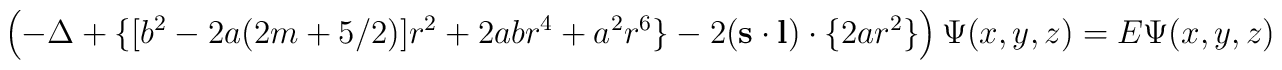
\left( -\Delta +\{[b^2-2a(2m+5/2)]r^2+2abr^4+a^2r^6\}-2({\bf s\cdot l})\cdot \{2ar^2\}\right) \Psi (x,y,z)=E\Psi (x,y,z)